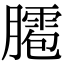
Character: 𦡕